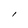
Character: l